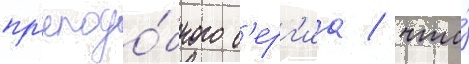
пр'еподо́бного с'ерг'иа / что́